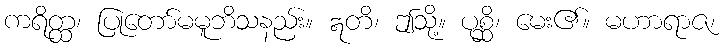
ကရိတ္ထ၊ ပြုတော်မမူဘိသနည်း။ ဣတိ၊ ဤသို့။ ပုစ္ဆိ၊ မေး၏။ မဟာရာဇ၊